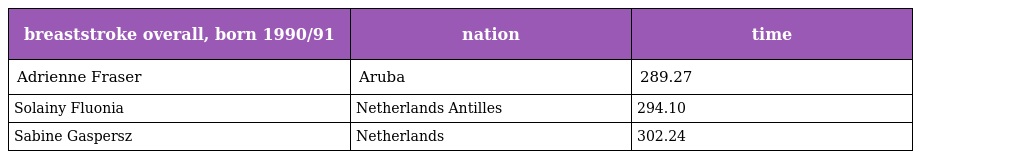
| breaststroke overall, born 1990/91 | nation | time |
 | --- | --- | --- |
 | Adrienne Fraser | Aruba | 289.27 |
 | Solainy Fluonia | Netherlands Antilles | 294.10 |
 | Sabine Gaspersz | Netherlands | 302.24 |